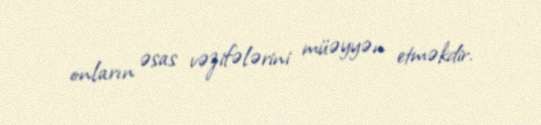
onların əsas vəzifələrini müəyyən etməkdir.